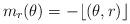
LaTeX: \begin{align*}m_r(\theta) = -\lfloor (\theta,r) \rfloor\end{align*}